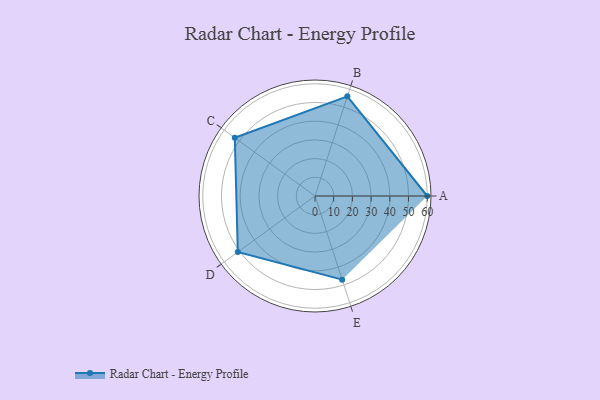
{"axis": {"x": "Skill", "y": "Score"}, "legend": ["Profile"], "data": [{"x": "A", "y": 60.0, "type": "Profile"}, {"x": "B", "y": 56.0, "type": "Profile"}, {"x": "C", "y": 53.0, "type": "Profile"}, {"x": "D", "y": 51.0, "type": "Profile"}, {"x": "E", "y": 47.0, "type": "Profile"}]}